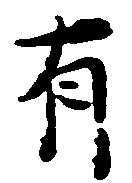
有